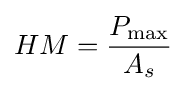
HM={\frac {P_{\text{max}}}{A_{s}}}